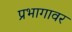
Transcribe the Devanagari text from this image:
प्रभागावर